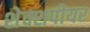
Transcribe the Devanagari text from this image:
शेक्शपीयर